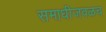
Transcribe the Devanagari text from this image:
समाधीजवळच